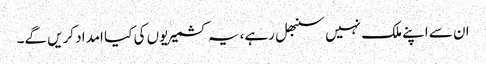
ان سے اپنے ملک نہیں سنبھل رہے، یہ کشمیریوں کی کیا امداد کریں گے۔